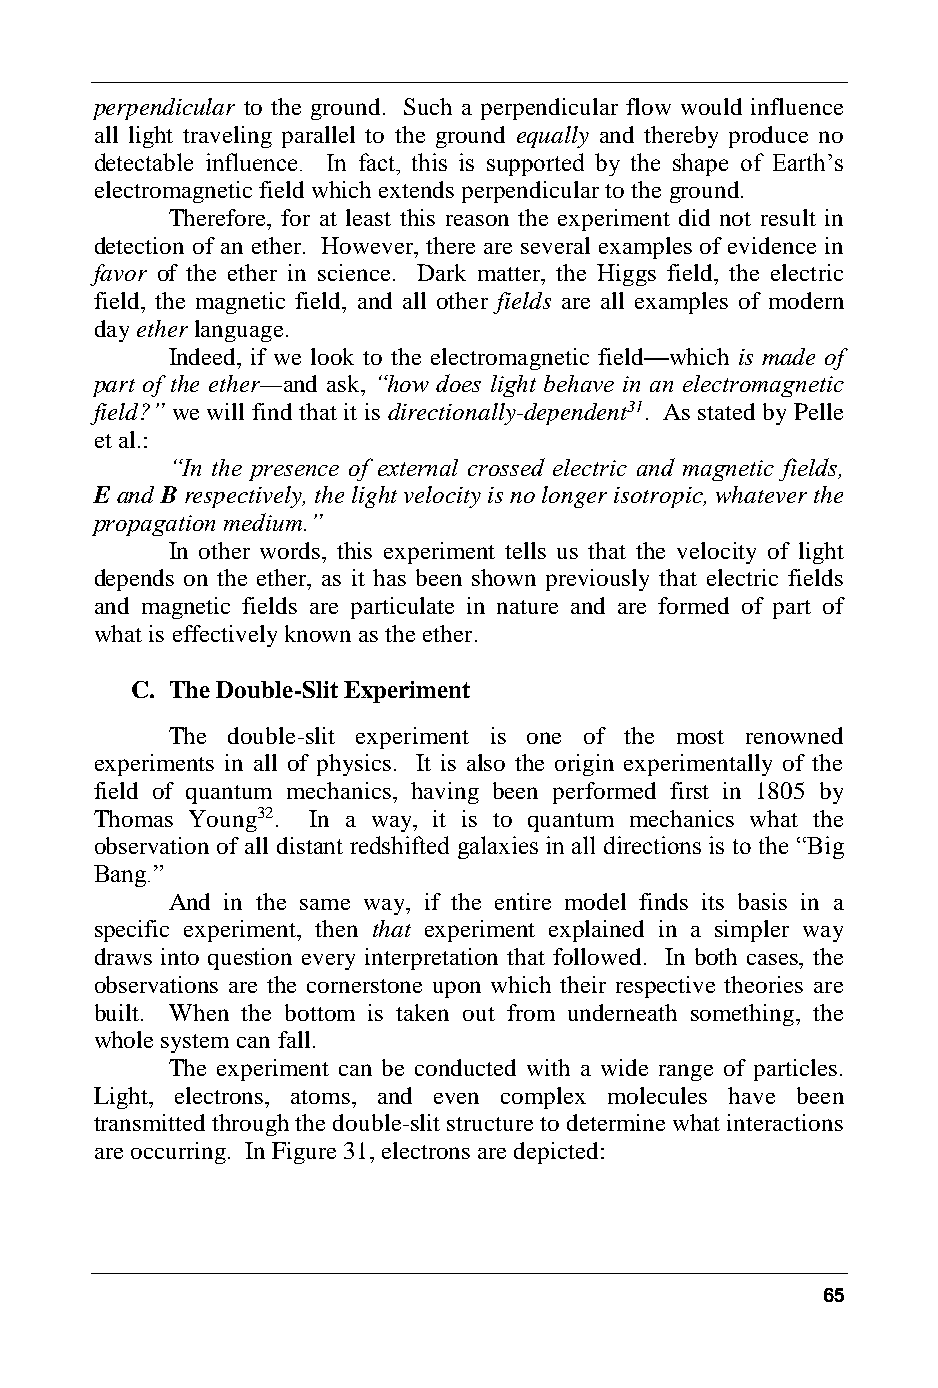
perpendicular to the ground. Such a perpendicular flow would influence
 all light traveling parallel to the ground equally and thereby produce no
 detectable influence. In fact, this is supported by the shape of Earth’s
 electromagnetic field which extends perpendicular to the ground.
 Therefore, for at least this reason the experiment did not result in
 detection of an ether. However, there are several examples of evidence in
 favor of the ether in science. Dark matter, the Higgs field, the electric
 field, the magnetic field, and all other fields are all examples of modern
 day ether language.
 Indeed, if we look to the electromagnetic field—which is made of
 part of the ether—and ask, “how does light behave in an electromagnetic
 field?” we will find that it is directionally-dependent31. As stated by Pelle
 et al.:
 “In the presence of external crossed electric and magnetic fields,
 E and B respectively, the light velocity is no longer isotropic, whatever the
 propagation medium.”
 In other words, this experiment tells us that the velocity of light
 depends on the ether, as it has been shown previously that electric fields
 and magnetic fields are particulate in nature and are formed of part of
 what is effectively known as the ether.
 C. The Double-Slit Experiment
 The double-slit experiment is one of the most renowned
 experiments in all of physics. It is also the origin experimentally of the
 field of quantum mechanics, having been performed first in 1805 by
 Thomas Young32. In a way, it is to quantum mechanics what the
 observation of all distant redshifted galaxies in all directions is to the “Big
 Bang.”
 And in the same way, if the entire model finds its basis in a
 specific experiment, then that experiment explained in a simpler way
 draws into question every interpretation that followed. In both cases, the
 observations are the cornerstone upon which their respective theories are
 built. When the bottom is taken out from underneath something, the
 whole system can fall.
 The experiment can be conducted with a wide range of particles.
 Light, electrons, atoms, and even complex molecules have been
 transmitted through the double-slit structure to determine what interactions
 are occurring. In Figure 31, electrons are depicted:
 65